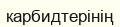
карбидтерінің